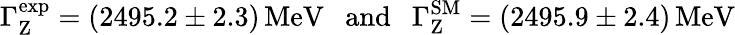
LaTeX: \Gamma_{\mathrm{Z}}^{\mathrm{exp}}=(2495.2\pm 2.3)\, \mathrm{MeV}\ \ \ \mathrm{and}\ \ \ \Gamma_{\mathrm{Z}}^{\mathrm{SM}}=(2495.9\pm 2.4)\, \mathrm{MeV}